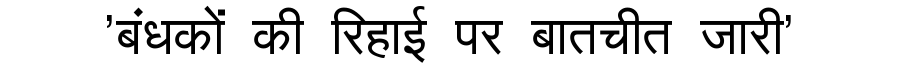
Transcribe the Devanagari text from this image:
'बंधकों की रिहाई पर बातचीत जारी'